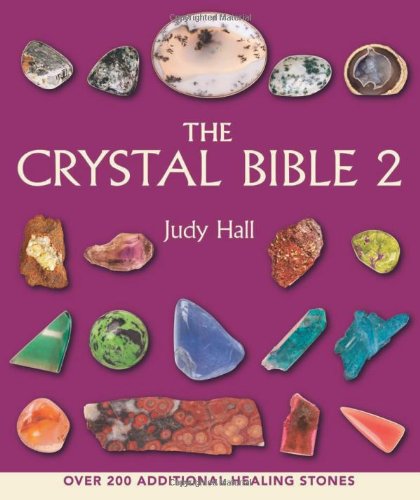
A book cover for The Crystal Bible 2; Judy Hall; Religion & Spirituality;